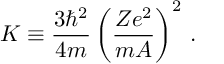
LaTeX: K \equiv \frac { 3 \hbar ^ { 2 } } { 4 m } \left( \frac { Z e ^ { 2 } } { m A } \right) ^ { 2 } \, { . }